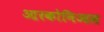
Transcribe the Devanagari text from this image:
आरकोनिआस